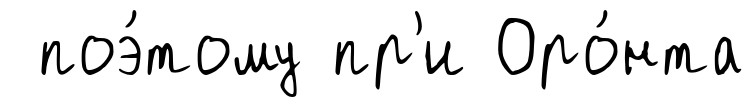
поэ́тому пр'и Оро́нта